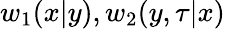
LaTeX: w_{1}(x|y),w_{2}(y,\tau|x)